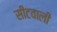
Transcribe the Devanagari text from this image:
सीटवाली